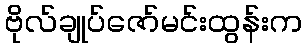
ဗိုလ်ချုပ်ဇော်မင်းထွန်းက